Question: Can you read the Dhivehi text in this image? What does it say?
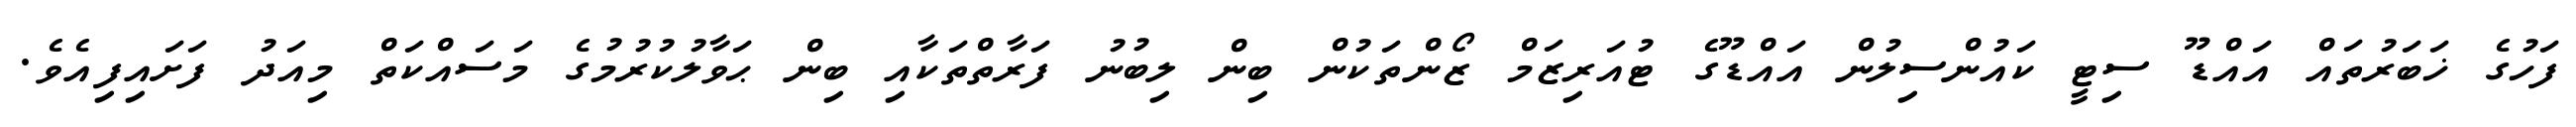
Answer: ފަހުގެ ޚަބަރުތައް އައްޑޫ ސިޓީ ކައުންސިލުން އައްޑޫގެ ޓުއަރިޒަމް ޒޯންތަކުން ބިން ލިބުނު ފަރާތްތަކާއި ބިން ޙަވާލުކުރުމުގެ މަސައްކަތް މިއަދު ފަށައިފިއެވެ.